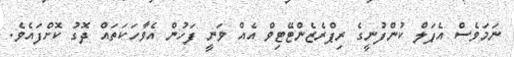
ނަމަވެސް އެޕަލް ކުންފުނީގެ ރިޕްރެޒެންޓޭޓިވް އެއް ވަނީ ފަހުން އެވާހަކަތައް ދޮގު ކޮށްފައެވެ.